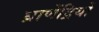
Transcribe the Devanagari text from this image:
घ्राणेंद्रियों